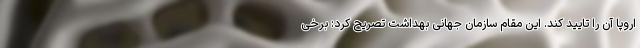
اروپا آن را تایید کند. این مقام سازمان جهانی بهداشت تصریح کرد: برخی